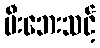
မီးဘေးသင့်